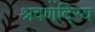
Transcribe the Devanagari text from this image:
श्रवणेंदि्रय